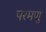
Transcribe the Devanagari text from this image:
परमणु